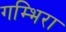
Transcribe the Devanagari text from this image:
गम्भिरा